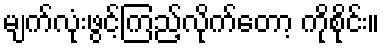
မျက်လုံးဖွင့်ကြည့်လိုက်တော့ ကိုစိုင်း။